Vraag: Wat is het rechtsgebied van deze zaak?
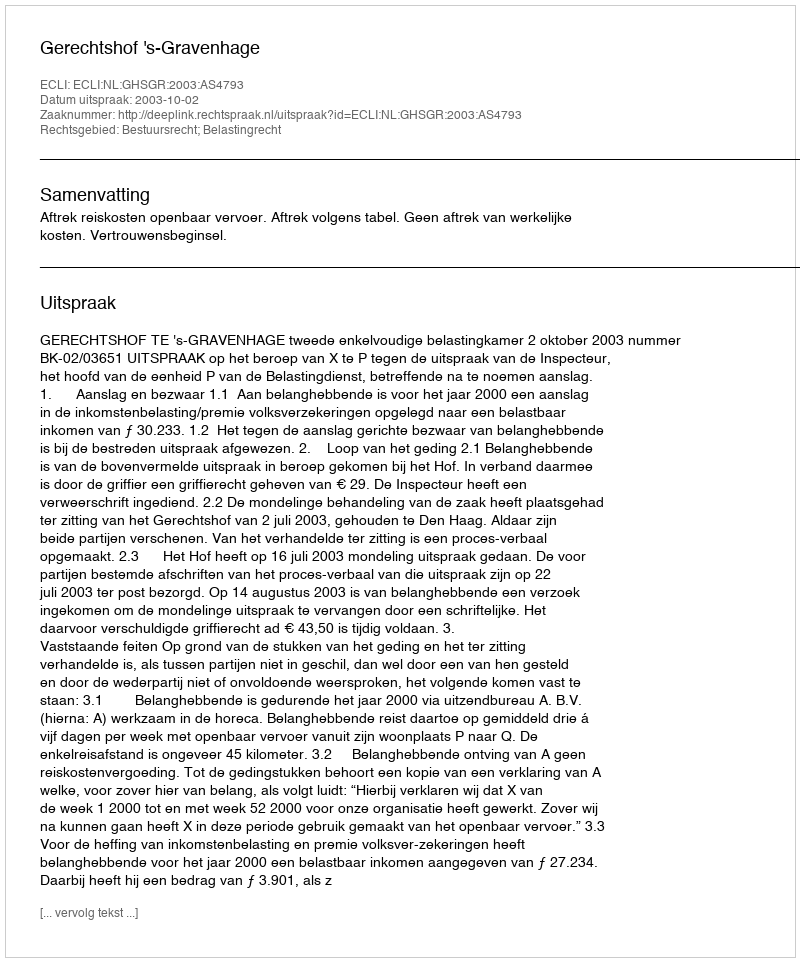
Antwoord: Bestuursrecht; Belastingrecht